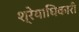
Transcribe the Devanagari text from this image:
श्रेयाधिकारी